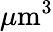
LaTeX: \mu\textnormal{m}^{3}